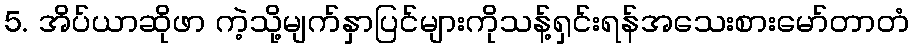
5. အိပ်ယာဆိုဖာ ကဲ့သို့မျက်နှာပြင်များကိုသန့်ရှင်းရန်အသေးစားမော်တာတံ